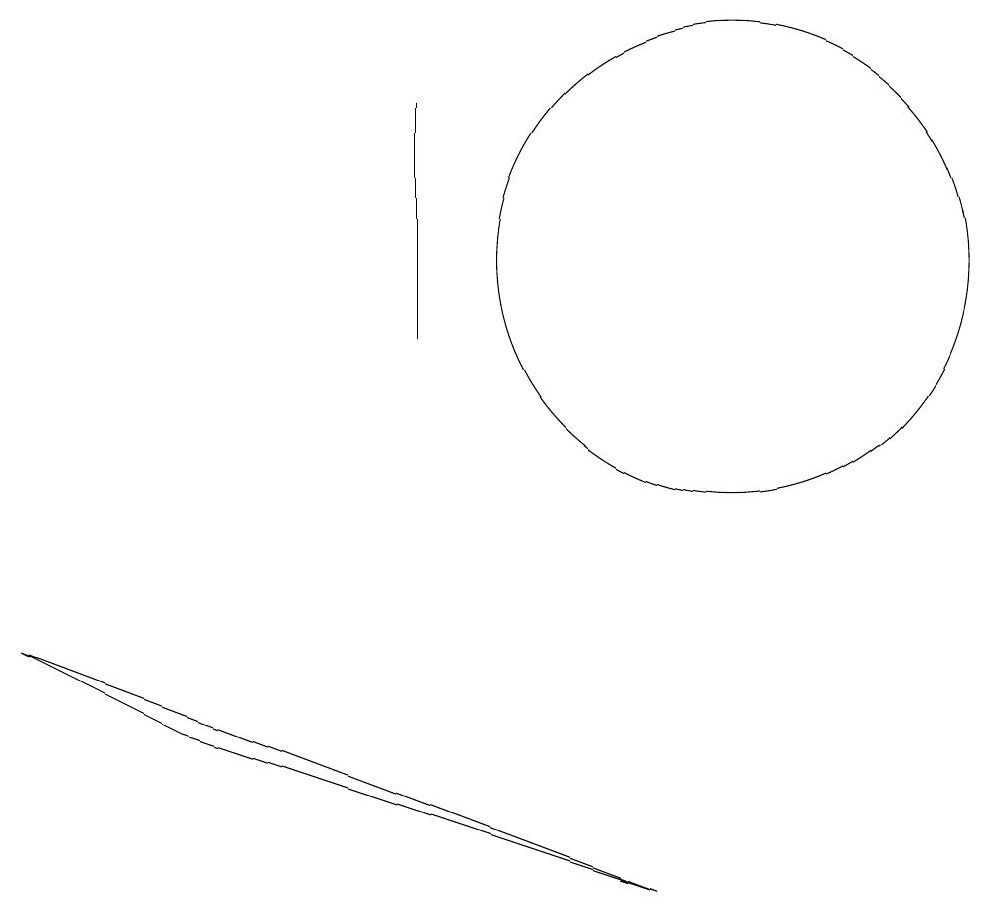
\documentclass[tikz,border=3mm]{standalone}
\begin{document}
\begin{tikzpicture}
\draw (1,7) -- (3,6) -- (9,4) -- cycle;
\draw (6,11) rectangle (6,14);
\draw (10,12) circle (3);
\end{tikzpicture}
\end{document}